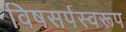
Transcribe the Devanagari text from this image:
विषसर्पस्वरूप